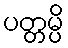
ပတ္တမ္ပိ